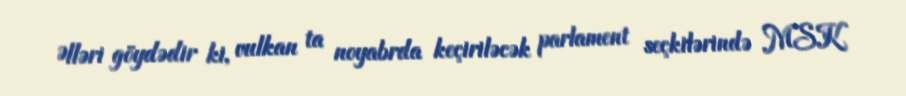
Əlləri göydədir ki, vulkan ta noyabrda keçiriləcək parlament seçkilərində MSK